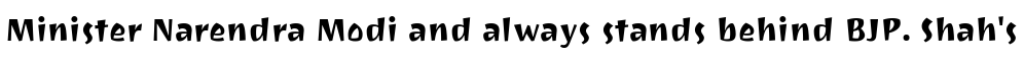
Minister Narendra Modi and always stands behind BJP. Shah's